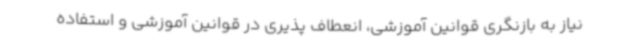
نیاز به بازنگری قوانین آموزشی، انعطاف پذیری در قوانین آموزشی و استفاده